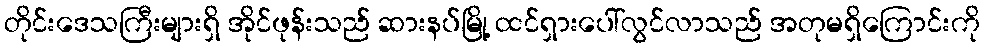
တိုင်းဒေသကြီးများရှိ အိုင်ဖုန်းသည် ဆားနပ်မြို့ ထင်ရှားပေါ်လွင်လာသည် အတုမရှိကြောင်းကို